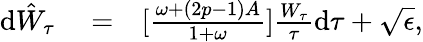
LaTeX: \begin{array}{rlr}{\textrm{d}\hat{W}_{\tau}}&{{}=}&{[\frac{\omega+(2p-1)A}{1+\omega}]\frac{W_{\tau}}{\tau}\textrm{d}\tau+\sqrt{\epsilon},}\end{array}